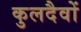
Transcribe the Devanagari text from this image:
कुलदैवों